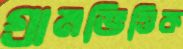
গ্রামভিত্তিক